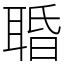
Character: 䎽